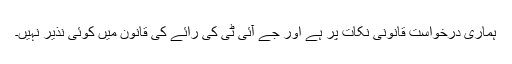
ہماری درخواست قانونی نکات پر ہے اور جے آئی ٹی کی رائے کی قانون میں کوئی نذیر نہیں۔